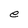
Character: e